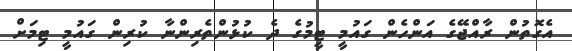
އެގޮތުން ރާއްޖޭގެ އަންހެން ގައުމީ ޓީމުގެ ދެ ކުޅުންތެރިންނާ ކުރިން ގައުމީ ޓިމަށް